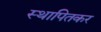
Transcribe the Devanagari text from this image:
स्थापितकर